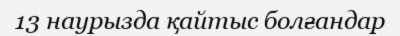
13 наурызда қайтыс болғандар